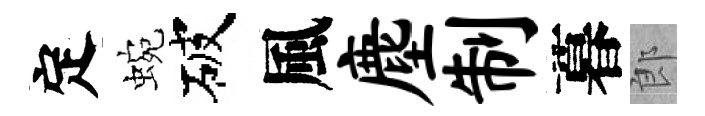
定蜿破風麈制暮郎